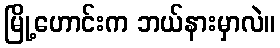
မြို့ဟောင်းက ဘယ်နားမှာလဲ။